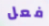
فعل